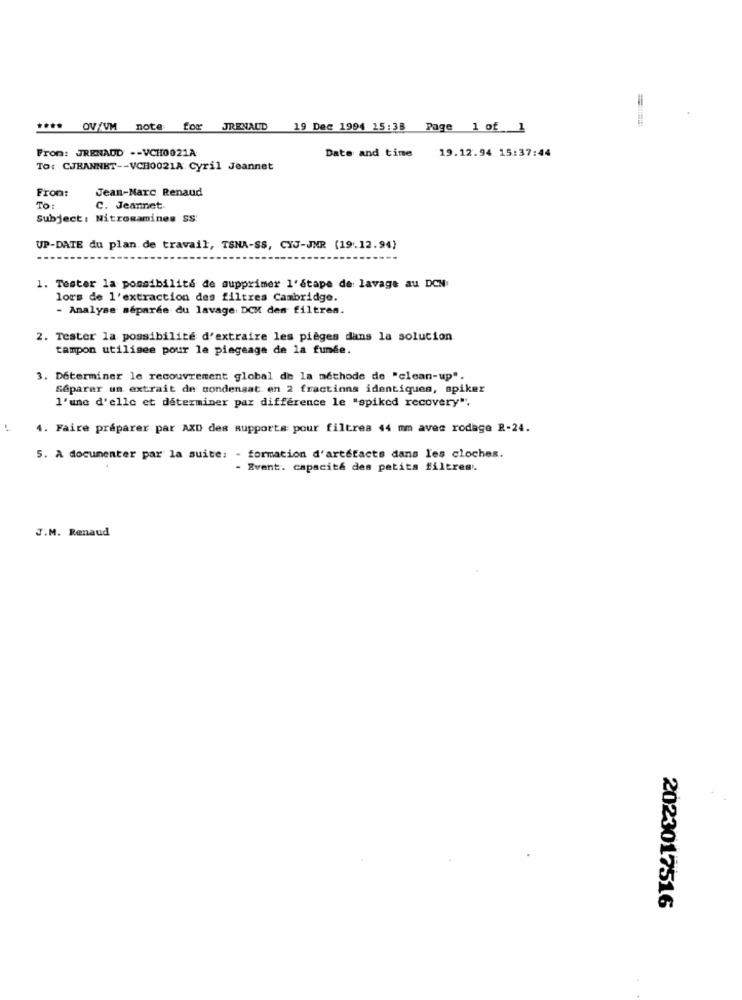
OV/VM
note
from
JRENAUD
19 Dec 1994 15:38 Page 1 of 1
From: JRENAUD .- VCH0021A
Date and time
19.12.94 15:37:44
To: CJRANNET -- VCH0021A Cyril Jeannet
From:
Jean-Marc Renaud
To:
C. Jeannet.
Subject: Nitromamines SS:
UP-DATE du plan de travail, TSNA-SS, CYJ-JMR (19.12.94)
1. Tester la possibilité de supprimer l'étape de lavage au DCN
lors de l'extraction des filtres Cambridge.
- Analyse séparée du lavage DCM des filtres.
2. Tester la possibilité d'extraire les pièges dans la solution
tampon utilisee pour le piageage de la fumée.
3. Déterminer le recouvrement global de la méthode de "clean-up".
Séparer un extrait de condensat. en 2 fractions identiques, spiker
l'une d'elle et déterminer par difference le "spiked recovery".
4. Faire préparer par AXD des supports pour filtrea 44 mm avec rodage R-24.
5. A documenter par la suite: - formation d'artefacts dans les cloches.
Event. capacita des petits filtres.
J.M. Renaud
2023017516